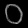
Digit: ၀